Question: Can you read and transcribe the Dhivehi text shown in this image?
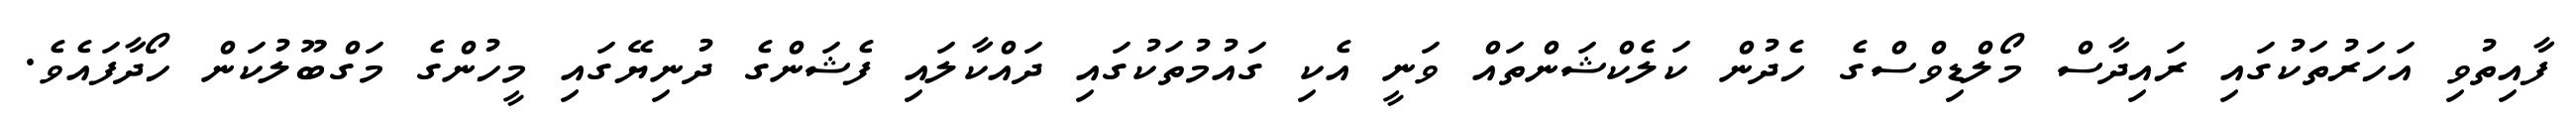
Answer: ފާއިތުވި އަހަރުތަކުގައި ރައިދާސް މޯލްޑިވްސްގެ ހެދުން ކަލެކްޝަންތައް ވަނީ އެކި ގައުމުތަކުގައި ދައްކާލައި ފެޝަންގެ ދުނިޔޭގައި މީހުންގެ މަގްބޫލުކަން ހޯދާފައެވެ.